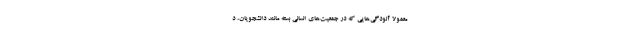
معمولا آلودگی‌هایی که در جمعیت‌های انسانی بسته مانند دانشجویان، د